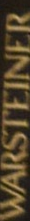
WARSTEINFR